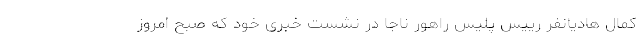
کمال هادیانفر رییس پلیس راهور ناجا در نشست خبری خود که صبح امروز